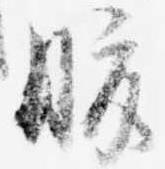
腹